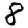
Digit: 8